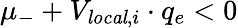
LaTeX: \mu_{-}+V_{\mathit{local},i}\cdot q_{e}<0